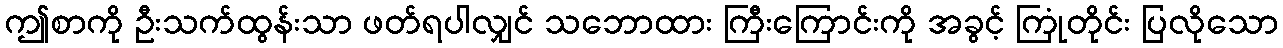
ဤစာကို ဦးသက်ထွန်းသာ ဖတ်ရပါလျှင် သဘောထား ကြီးကြောင်းကို အခွင့် ကြုံတိုင်း ပြလိုသော